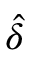
\hat { \delta }